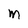
Character: m